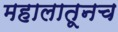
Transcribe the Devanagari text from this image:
महालातूनच